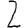
Digit: 2